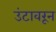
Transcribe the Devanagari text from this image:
उंटावरून